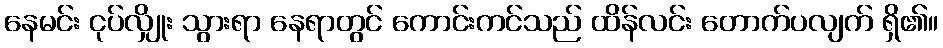
နေမင်း ငုပ်လျှိုး သွားရာ နေရာတွင် ကောင်းကင်သည် ထိန်လင်း တောက်ပလျက် ရှိ၏။